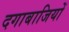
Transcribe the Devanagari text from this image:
दगाबाजियों